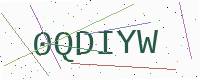
Text: 0QDIYW